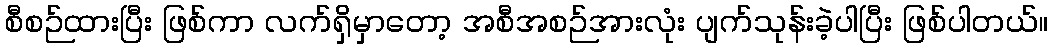
စီစဉ်ထားပြီး ဖြစ်ကာ လက်ရှိမှာတော့ အစီအစဉ်အားလုံး ပျက်သုန်းခဲ့ပါပြီး ဖြစ်ပါတယ်။